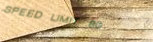
SPEED LIMIT 60